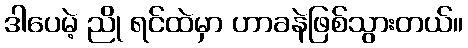
ဒါပေမဲ့ ညို ရင်ထဲမှာ ဟာခနဲဖြစ်သွားတယ်။